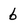
Character: 6